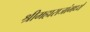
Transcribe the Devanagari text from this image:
श्रीमहाराजांमध्यें